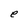
Character: e